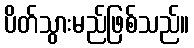
ပိတ်သွားမည်ဖြစ်သည်။